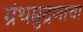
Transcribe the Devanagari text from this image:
ग्रंथमुद्रणाचा